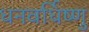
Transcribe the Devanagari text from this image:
धनवर्धिष्णु